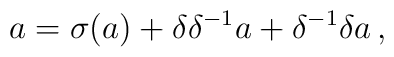
a=\sigma (a)+\delta \delta ^{-1}a+\delta ^{-1}\delta a\,,